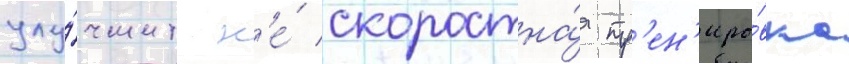
улу́чшит н'е́ скоростна́я тр'ен'иро́вка